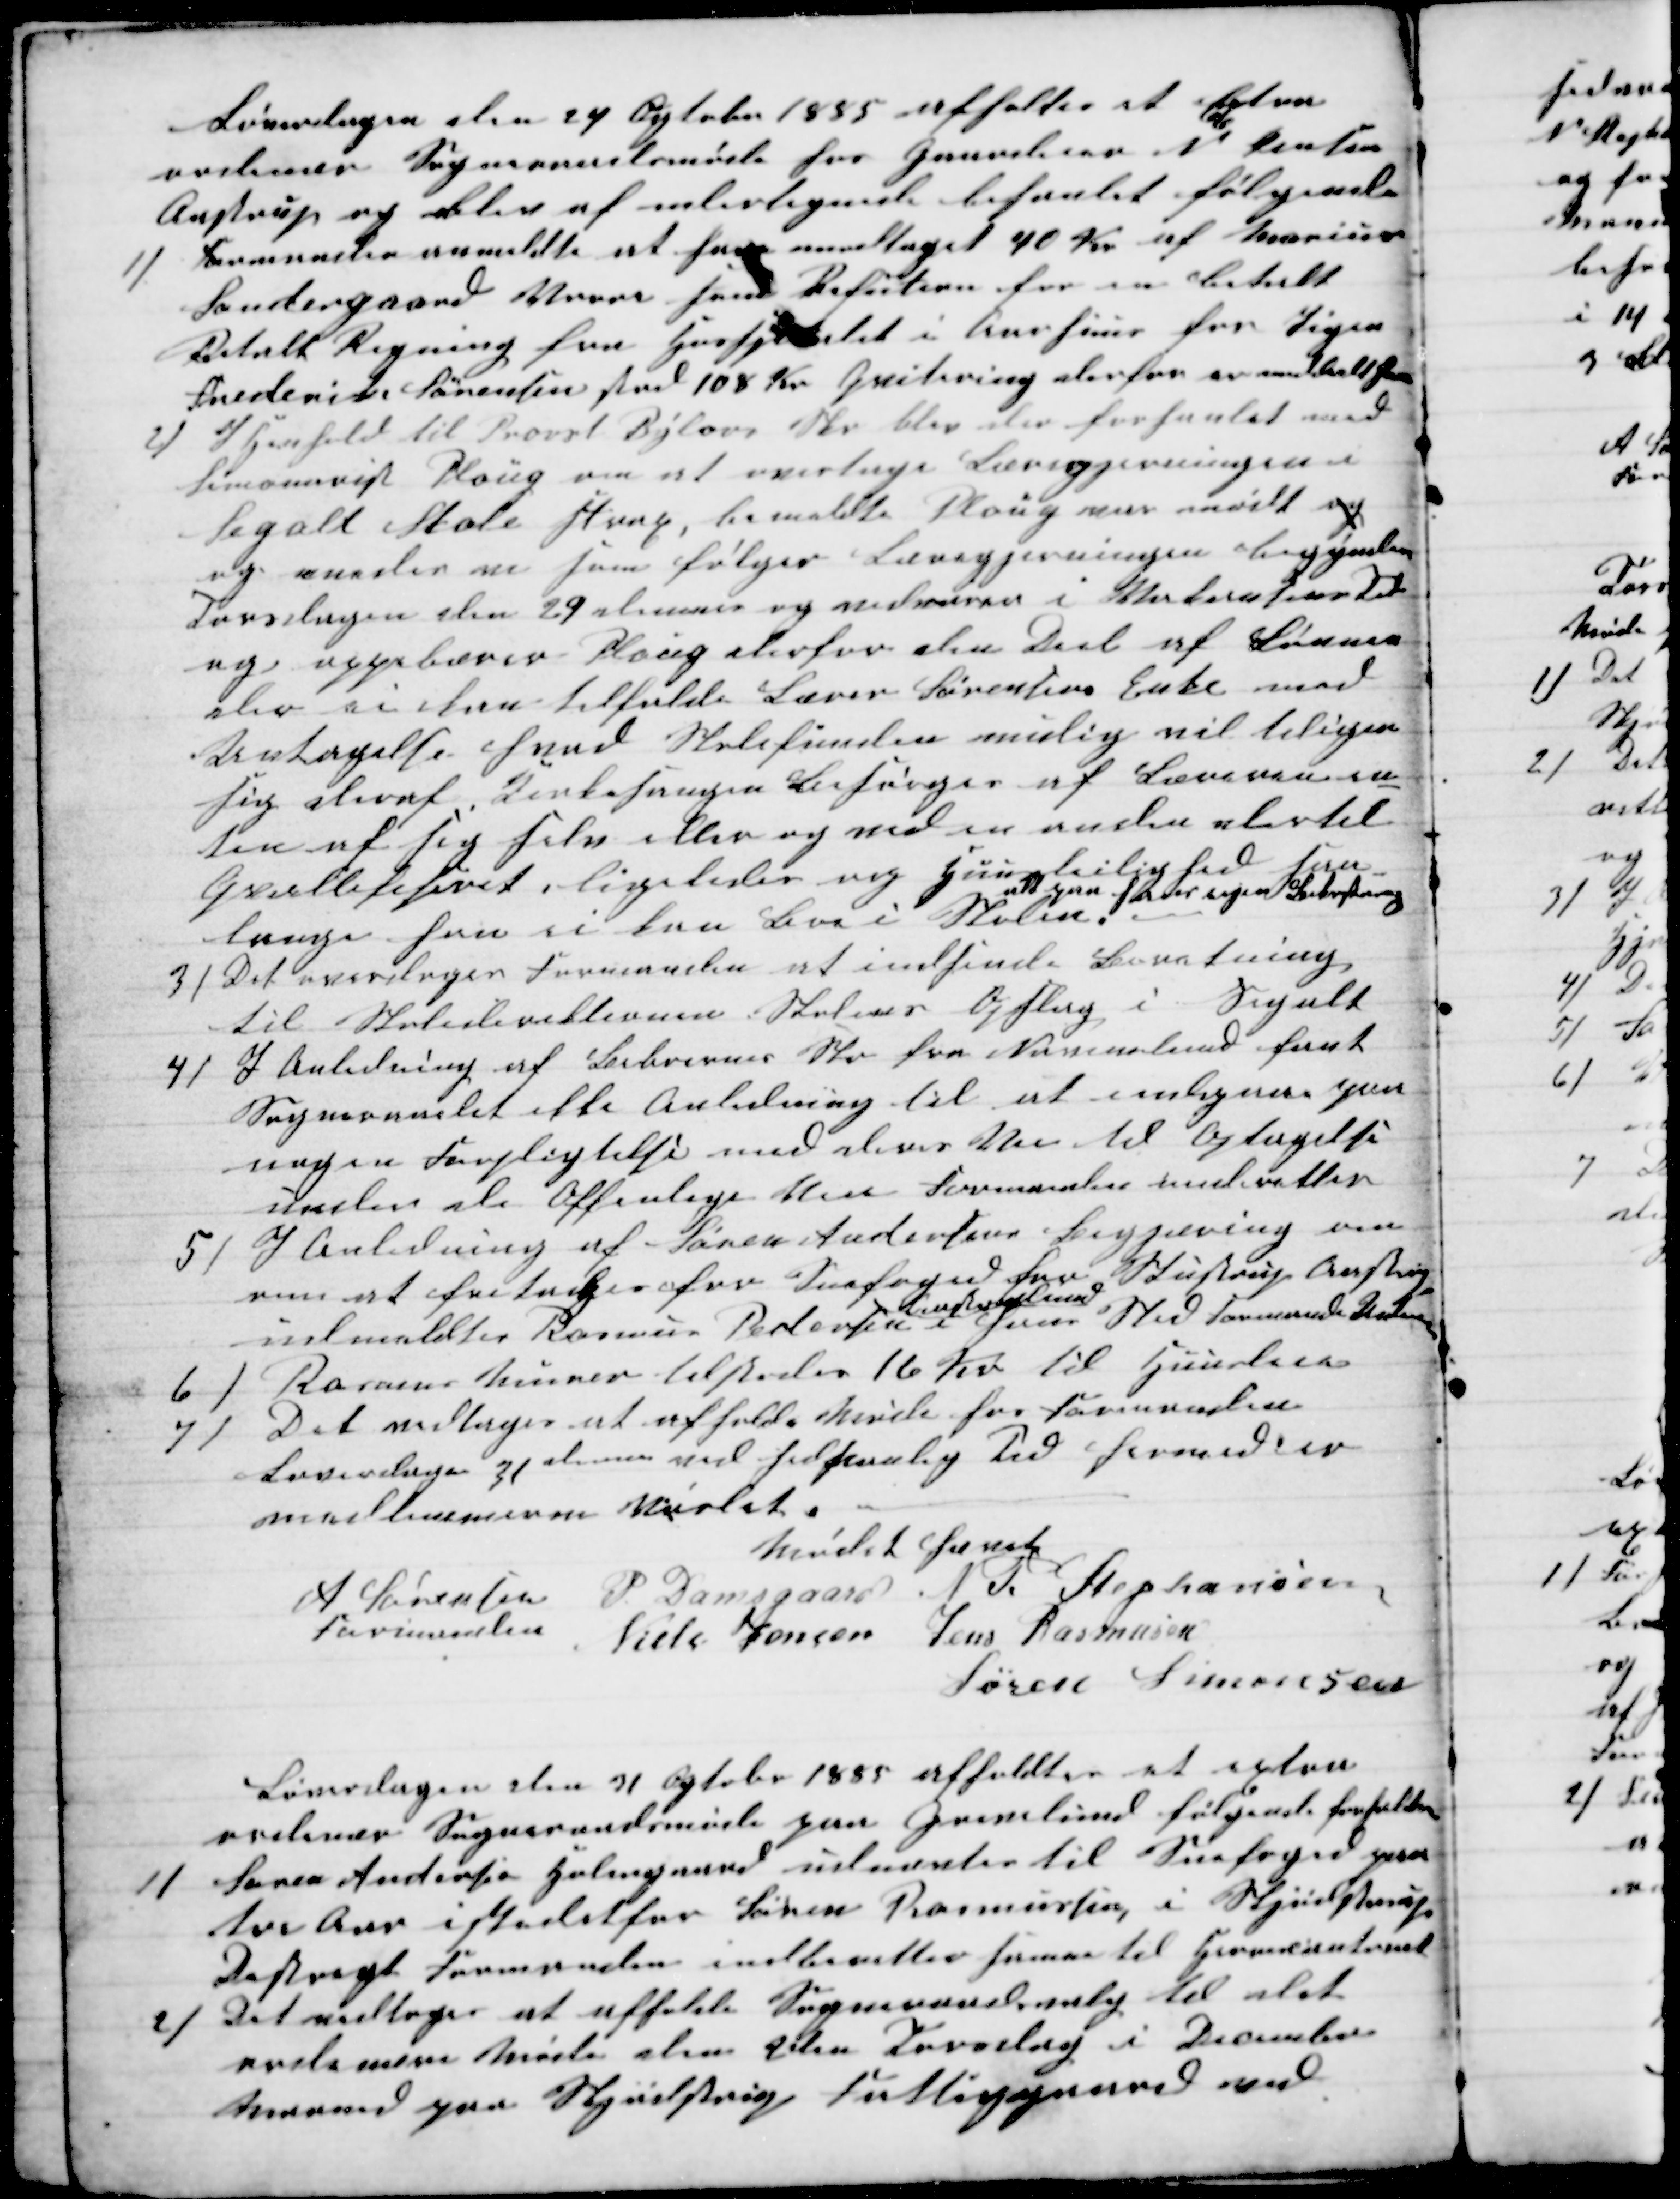
Transskription:
Løverdagen den 24 Ogtober 1885 afholtes et Extra
ordinær Sogneraadsmøde hos Gaardeier N Jensen
Aastrup og blev af undertegnede behanlet følgende
1)
Formanden anmeldte at have modtaget 40 Kr af Marius
Søndergaard Vorre som Refution for en betalt
Betalt Regning fra Hosspitalet i Aarhuus for Pigen
Frederike Sørensen stor 108 Kr. Quitering derfor er meddelt ham
2)
I Henhold til Provst Bylovs Skr blev der forhanlet med
Simonarist Ploug om at overtage Læregjerningen i
Segalt Skole strax, bemeldte Ploug var mødt og
og enedes m som følger Læregjerningen begynder
Torsdagen den 29 dennes og vedvarer i Vakansens Tid
og oppebærer Ploug derfor den Deel af Lønnen
der ei kan tilfalde Lærer Sørensens Enke ved
Antagelse hvad Skolefunden mulig vil tilegne
sig deraf. Kirkesangen Besørges af Læreren en-
ten af sig selv eller og ved en anden dertil
Qvallifiseret, ligeledes og Huusleilighed saa
længe han ei kan Boe i Skolen.
alt paa hans egen Bekostning
3) Det overdroges Formanden at indsende Beretning
til Skoledirektionen Skolens Opslag i Segalt
4)
I Anledning af Beboernes Skr fra Navemlund fant
Sogneraadet ikke Anledning til at indgaa paa
nogen Forpligtelse med deres Vei til Optagelse
under de Offenlige Veie Formanden underetter
5) I Anledning af Søren Andersens Begjæring om
om at fritages for Snefoged for Stustrup Aastrup
udmældtes Rasmus Pedersen
Aastruplund
 i hans Sted Formand Under
6) Rasmus Murer tilstodes 16 Kr til Huusleie
7) Det vedtoges at afholde Møde hos Formanden
Løverdagen 31 dennes ved sedvanlig Tid formidles
medlemmerne Mødet.
Mødet hævet
A Sørensen 
Formand
P. Damsgaard N. P. Stephansen
Niels Jensen Jens Rasmusen
Søren Simonsen
Løverdagen den 31 Ogtober 1885 afholdtes at extra
ordinær Sogneraadsmøde paa Grevelund følgende forhanledes
1)
Søren Andersen Holmgaard udnævtes til Snefoged paa
tre Aar istedetfor Søren Rasmussen i Skjødstrup
Destregt Formanden indberetter herom til Herredscontoret
2)
Det vedtoges at afholde Sogneraadsvalg til det 
ordinære Møde den 2den Torsdag i December
Maaned paa Skjødstrup Fattigsgaard ved